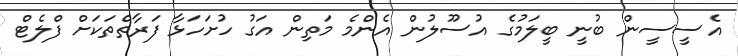
އެސީސީން ބުނީ ބީލަމުގެ އުސޫލުން އެންމެ މަތިން އަގު ހުށަހަޅާ ފަރާތްތަކަށް ފްލެޓް